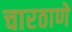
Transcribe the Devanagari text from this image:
चारठाणे